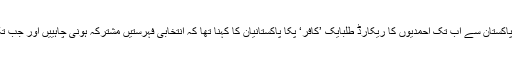
‘اسی بارے میںپاکستان میں مذہبی اقلیتیں مشکلات کا شکار ہیں: رپورٹقیامِ پاکستان سے اب تک احمدیوں کا ریکارڈ طلبایک ’کافر‘ پکا پاکستانیان کا کہنا تھا کہ انتخابی فہرستیں مشترکہ ہونی چاہییں اور جب تک ایسا نہیں ہوتا ان کی برادری کے افراد انتخابات میں حصہ نہیں لیں گے۔